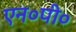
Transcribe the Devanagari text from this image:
एन०पी०